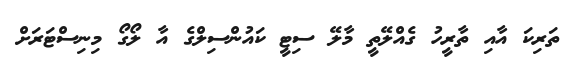
ތަރިކަ އާއި ތާރީހު ގެއްލޭތީ މާލޭ ސިޓީ ކައުންސިލްގެ އާ ލޯގޯ މިނިސްޓަރަށް